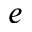
e